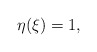
\begin{align*}\eta(\xi) = 1,\end{align*}